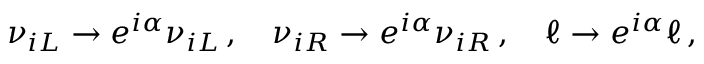
\nu _ { i L } \to e ^ { i \alpha } \nu _ { i L } \, , \quad \nu _ { i R } \to e ^ { i \alpha } \nu _ { i R } \, , \quad \ell \to e ^ { i \alpha } \ell \, ,